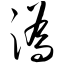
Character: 沩